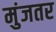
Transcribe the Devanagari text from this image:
मुंजतर